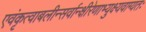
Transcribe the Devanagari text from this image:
एवंकृत्वाबलीन्सर्वान्क्षीरेणाभ्युक्ष्यवाग्यतः